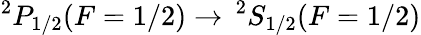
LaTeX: ^2P_{1/2}(F=1/2)\to\, ^{2}S_{1/2}(F=1/2)